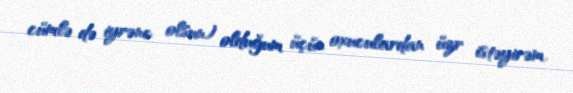
cümlə də iyrənc olsun) olduğum üçün oxuculardan üzr istəyirəm.